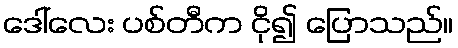
ဒေါ်လေး ပစ်တီက ငို၍ ပြောသည်။